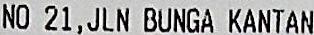
NO 21, JLN BUNGA KANTAN